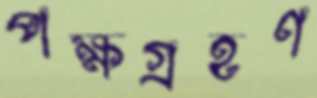
পক্ষগ্রহণ